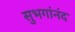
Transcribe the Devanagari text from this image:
सुभगांनंद